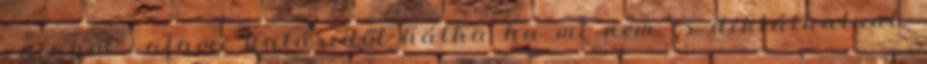
valahol valami határidőt hátha ha mi nem is diktálhatunk